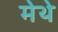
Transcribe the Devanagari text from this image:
मेथे